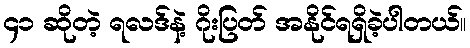
၄၁ ဆိုတဲ့ ရလဒ်နဲ့ ဂိုးပြတ် အနိုင်ရရှိခဲ့ပါတယ်။